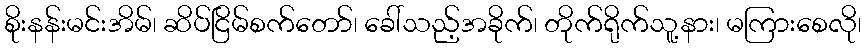
စိုးနန်းမင်းအိမ်၊ ဆိပ်ငြိမ်စက်တော်၊ ခေါ်သည့်အခိုက်၊ တိုက်ရိုက်သူ့နား၊ မကြားစေလို၊